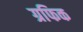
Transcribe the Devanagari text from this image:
ग्रफिक